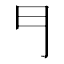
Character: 𠃛